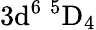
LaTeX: \mathrm{3d^{6}\ ^{5}D_{4}}